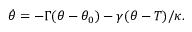
\dot { \theta } = - \Gamma ( \theta - \theta _ { 0 } ) - \gamma ( \theta - T ) / \kappa .